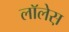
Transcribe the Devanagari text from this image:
लाॅलेस़